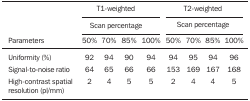
|  | <COLSPAN=4> T1-weighted |  | <COLSPAN=4> T2-weighted |
 |  | <COLSPAN=4> Scan percentage |  | <COLSPAN=4> Scan percentage |
 | Parameters | 50% | 70% | 85% | 100% |  | 50% | 70% | 85% | 100% |
 | --- | --- | --- | --- | --- | --- | --- | --- | --- | --- |
 | Uniformity (%) | 92 | 94 | 90 | 94 |  | 94 | 95 | 94 | 96 |
 | Signal-to-noise ratio | 64 | 65 | 66 | 66 |  | 153 | 169 | 167 | 168 |
 | High-contrast spatial | 2 | 4 | 5 | 5 |  | 2 | 4 | 4 | 5 |
 | resolution (pl/mm) |  |  |  |  |  |  |  |  |  |